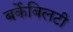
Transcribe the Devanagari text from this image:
बर्केबिलटी